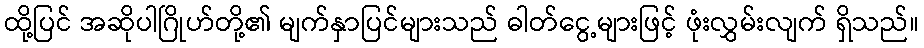
ထို့ပြင် အဆိုပါဂြိုဟ်တို့၏ မျက်နှာပြင်များသည် ဓါတ်ငွေ့များဖြင့် ဖုံးလွှမ်းလျက် ရှိသည်။